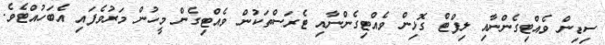
ސިޑިން ވެއްޓިގެންނާއި ލިފްޓް ގޮޅިން ވެއްޓިގެންނާއި ޓެރަސްތަކުން ވެއްޓިގެން މީހުން މަރުވެފައި އެބަހުއްޓެވެ.